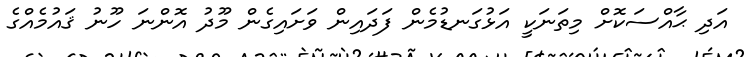
އަދި ޙާއްސަކޮށް މިތަނަކީ އަޅުގަނޑުމެން ފަދައިން ވަށައިގެން މޫދު އޮންނަ ހޫނު ޤައުމެއްގެ